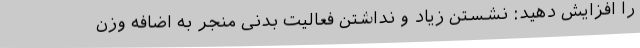
را افزایش دهید: نشستن زیاد و نداشتن فعالیت بدنی منجر به اضافه وزن